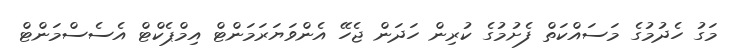
މަގު ހެދުމުގެ މަސައްކަތް ފެށުމުގެ ކުރިން ހަދަން ޖެހޭ އެންވަޔަރަމަންޓް އިމްޕެކްޓް އެސެސްމަންޓް